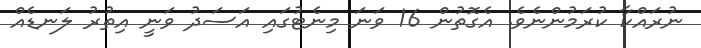
ނުރައްކާ ކުރަމުންނެވެ. އެގޮތުން 16 ވަނަ މިނެޓުގައި އަސަދު ވަނީ އިތުރު ލަނޑެއް